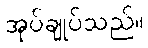
အုပ်ချုပ်သည်။